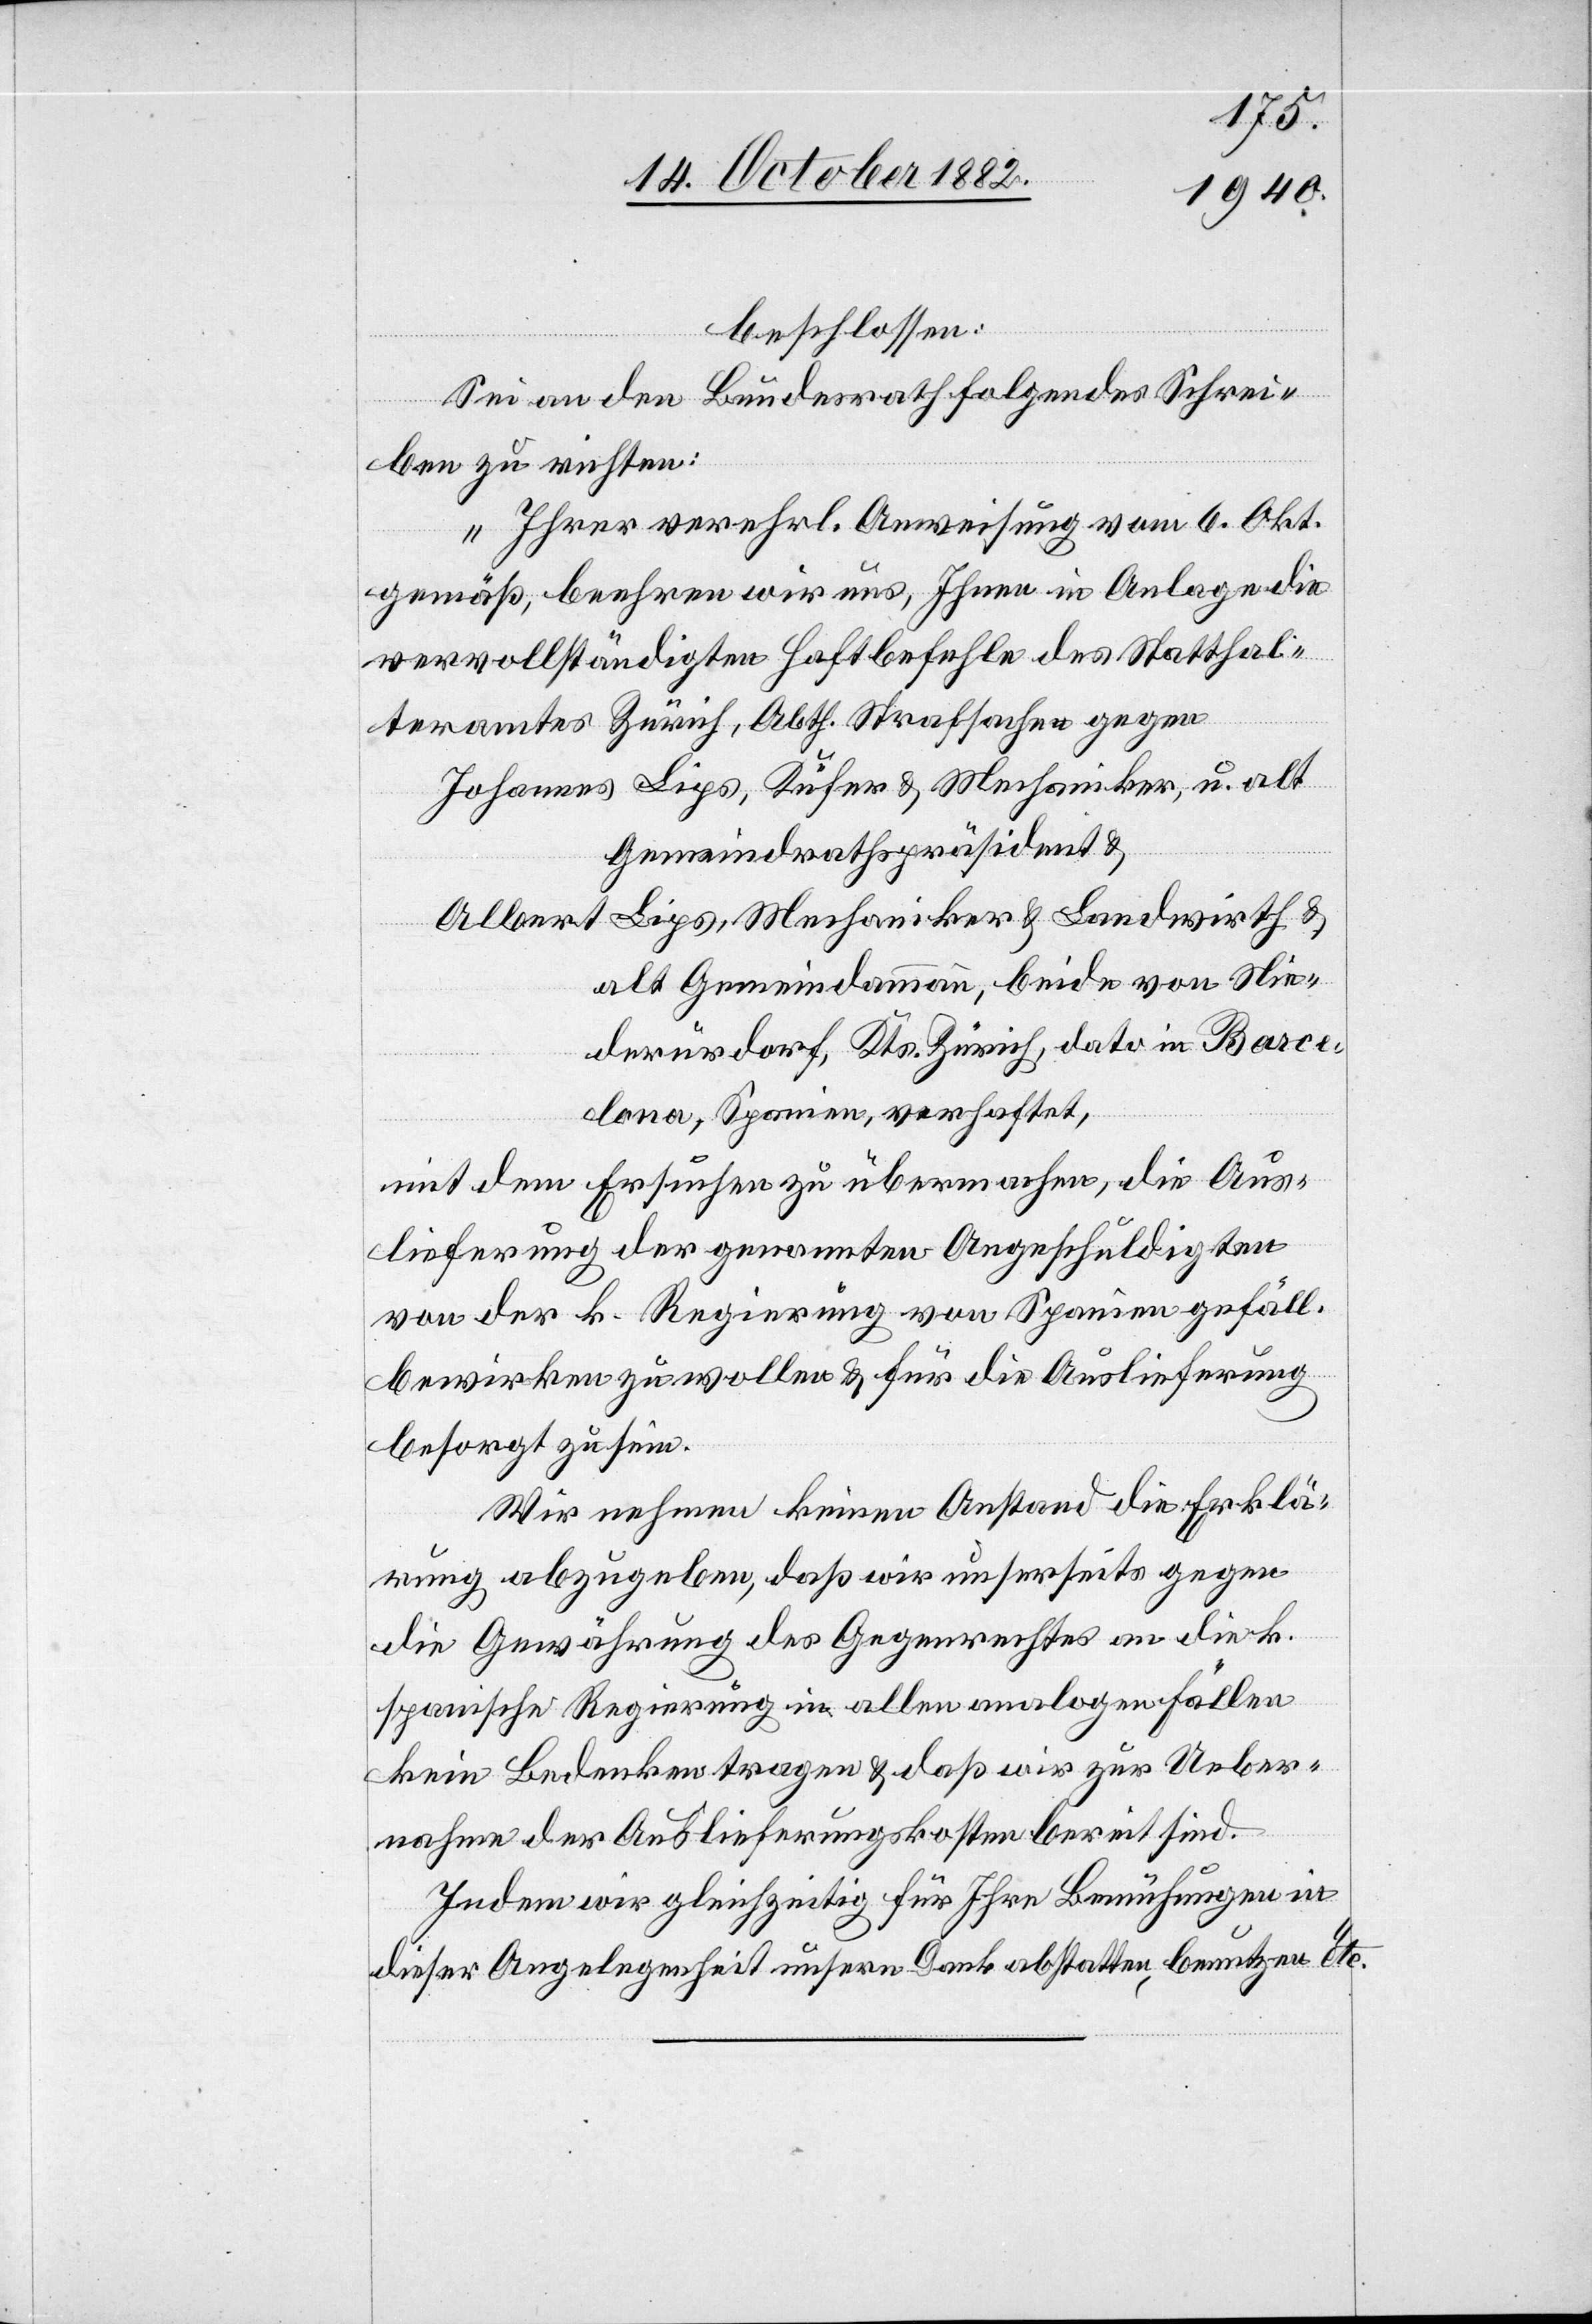
beschlossen:
Sei an den Bundesrath folgendes Schrei¬
ben zu richten:
„Ihrer verehrl. Anweisung vom 6. Okt.
gemäß, beehren wir uns, Ihnen in Anlage die
vervollständigten Haftbefehle des Statthal¬
teramtes Zürich, Abth. Strafsachen gegen
alt Gemeindammann, beide von Nie¬
derurdorf, Kts. Zürich, dato in Barce¬
lona, Spanien, verhaftet,
mit dem Ersuchen zu übermachen, die Aus¬
lieferung der genannten Angeschuldigten
von der k. Regierung von Spanien gefäll.
bewirken zu wollen & für die Auslieferung
besorgt zu sein.
Wir nehmen keinen Anstand die Erklä¬
rung abzugeben, daß wir unserseits gegen
die Gewährung des Gegenrechtes an die k.
spanische Regierung in allen analogen Fällen
keine Bedenken tragen & daß wir zur Ueber¬
nahme der Auslieferungskosten bereit sind.
Indem wir gleichzeitig für Ihre Bemühungen in
dieser Angelegenheit unsern Dank abstatten, benutzen etc.“